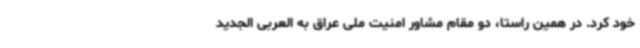
خود کرد. در همین راستا، دو مقام مشاور امنیت ملی عراق به العربی الجدید